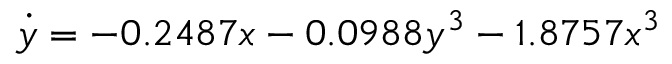
\dot { y } = - 0 . 2 4 8 7 x - 0 . 0 9 8 8 y ^ { 3 } - 1 . 8 7 5 7 x ^ { 3 }